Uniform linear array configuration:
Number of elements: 4
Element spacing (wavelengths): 0.75
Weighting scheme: cosine
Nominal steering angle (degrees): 30
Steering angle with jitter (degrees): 30.853
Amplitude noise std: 0.05
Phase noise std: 0.05

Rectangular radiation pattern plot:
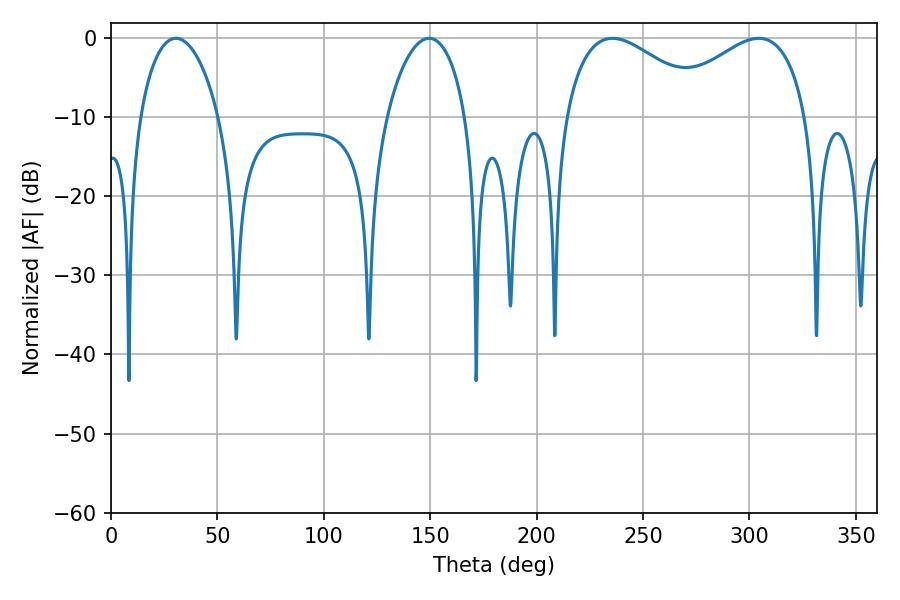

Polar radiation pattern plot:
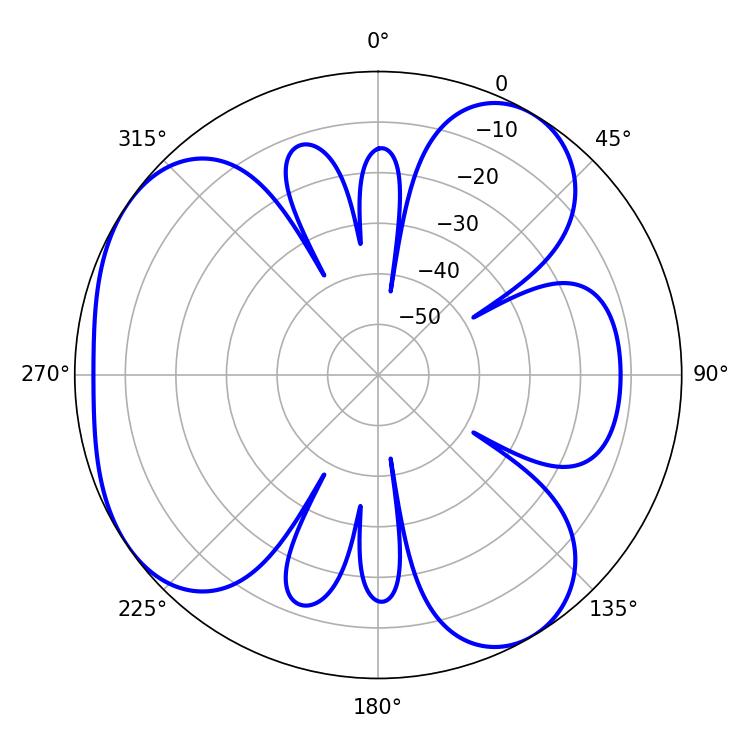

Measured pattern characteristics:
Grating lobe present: TRUE
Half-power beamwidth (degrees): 37.8
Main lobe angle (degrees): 235.62